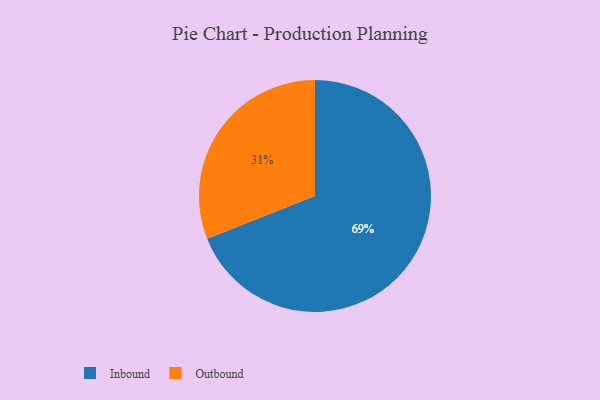
{"axis": {"x": "Category", "y": "Percentage"}, "legend": ["Inbound", "Outbound"], "data": [{"x": "Inbound", "y": 69, "type": "Inbound"}, {"x": "Outbound", "y": 31, "type": "Outbound"}]}